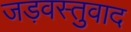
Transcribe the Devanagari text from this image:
जड़वस्तुवाद